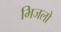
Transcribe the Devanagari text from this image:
भिजलो